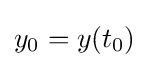
y_{0}=y(t_{0})